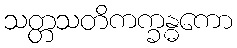
သတ္တသတိကက္ခန္ဓကော